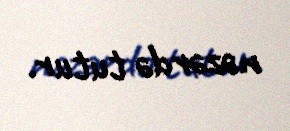
nəzərdə tutur.